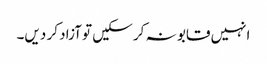
انہیں قابو نہ کر سکیں تو آزاد کر دیں۔